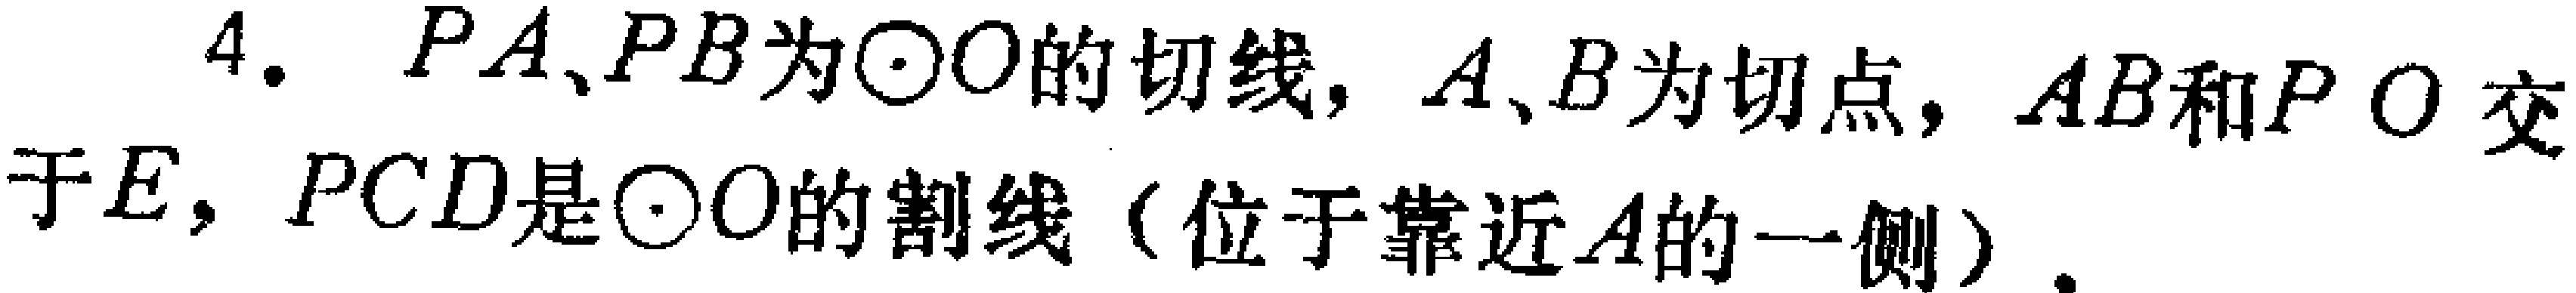
4. \(PA、PB\)为\(\odot O\)的切线，\(A、B\)为切点，\(AB\)和\(PO\)交于\(E\)，\(PCD\)是\(\odot O\)的割线（位于靠近\(A\)的一侧）.